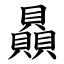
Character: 贔